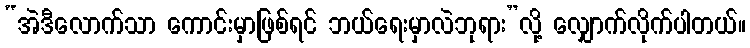
“အဲဒီလောက်သာ ကောင်းမှာဖြစ်ရင် ဘယ်ရေးမှာလဲဘုရား”လို့ လျှောက်လိုက်ပါတယ်။